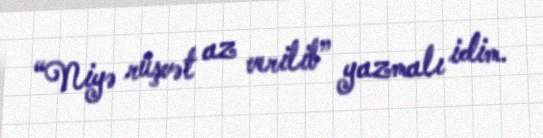
“Niyə rüşvət az verilib” yazmalı idim.